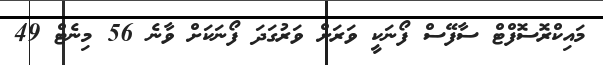
މައިކްރޮސޮފްޓް ސާފޭސް ފޯނަކީ ވަރަށް ވަރުގަދަ ފޯނަކަށް ވާނެ 56 މިނެޓް 49